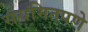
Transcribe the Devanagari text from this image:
संयमितपणे